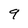
Character: 9